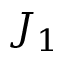
J _ { 1 }